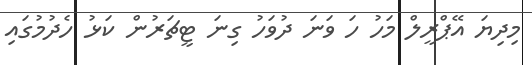
މިދިޔަ އޭޕްރީލް މަހު ހަ ވަނަ ދުވަހު ގިނަ ޓީޗަރުން ކަޅު ހެދުމުގައި